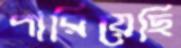
পারিয়েছি